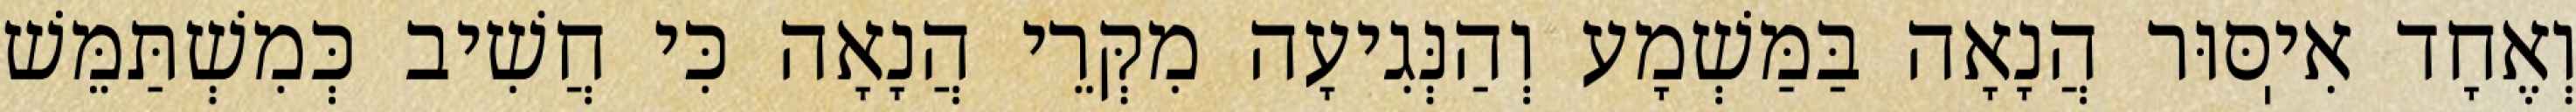
וְאֶחָד אִיֽסּוּר הֲנָאָה בַּמַּשְׁמָע וְהַנְּגִיעָה מִקְּרֵי הֲנָאָה כִּי חֲשִׁיב כְּמִשְׁתַּמֵּשׁ